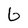
Character: G